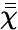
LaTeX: \bar{\bar{\chi}}